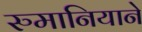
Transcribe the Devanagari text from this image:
रुमानियाने